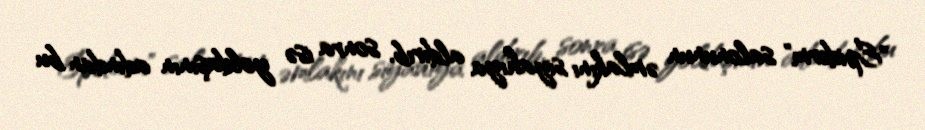
"Epiderm" salonunun əmlakını siyahıya aldırıb, sonra isə yoldaşının adından bu